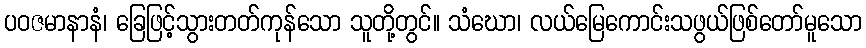
ပဝဇမာနာနံ၊ ခြေဖြင့်သွားတတ်ကုန်သော သူတို့တွင်။ သံဃော၊ လယ်မြေကောင်းသဖွယ်ဖြစ်တော်မူသော